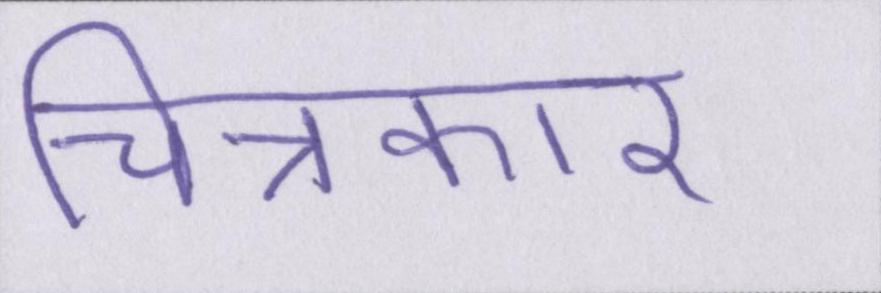
चित्रकार